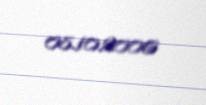
08.10.2006